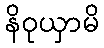
နိဝုယှာမိ